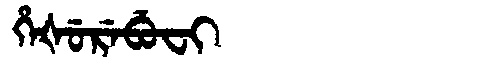
Manchu: ᡥᡝᡧᡠᡵᡝᠪᡠᠸᡳ
Romanization: HEŠUREBUFI